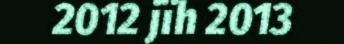
2012 jïh 2013